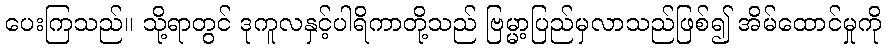
ပေးကြသည်။ သို့ရာတွင် ဒုကူလနှင့်ပါရိကာတို့သည် ဗြမ္မာ့ပြည်မှလာသည်ဖြစ်၍ အိမ်ထောင်မှုကို